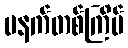
မနက်တစ်ကြိမ်